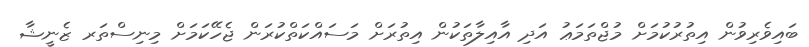
ބައިވެރިވުން އިތުރުކުމަށް މުޖްތަމަޢު އަދި އާއިލާތަކުން އިތުރަށް މަސައްކަތްކުރަން ޖެހޭކަމަށް މިނިސްތަރ ޒެނީޝާ